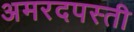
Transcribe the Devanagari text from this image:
अमरदपस्ती